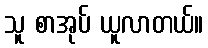
သူ စာအုပ် ယူလာတယ်။